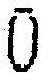
0